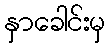
နှာခေါင်းမှ